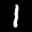
Label: 1